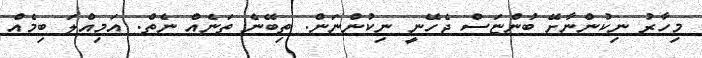
މިހާރު ނިކުންނާށޭ ބުންޏަސް ޖެހޭނީ ނިކުންނަން. ތިބޭނެ ތަނެއް ނެތް. އަމިއްލަ ބިމެއް